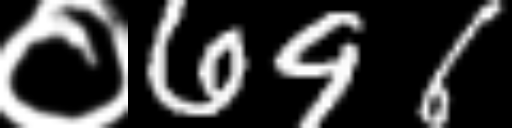
Text: ०696